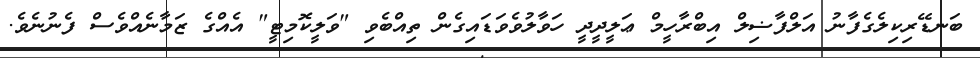
ބަނޑޭރިކިލެގެފާނު އަލްފާޟިލް އިބްރާހީމް ޢަލީދީދީ ހަވާލުވެވަޑައިގެން ތިއްބެވި "ވަލީކޮމިޓީ" އެއްގެ ޒަމާނެއްވެސް ފެނުނެވެ.